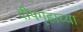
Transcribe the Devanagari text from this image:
दीपगृहाच्या